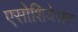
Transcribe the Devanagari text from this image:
एसोशियेसन